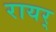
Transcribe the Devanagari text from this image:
रायर्